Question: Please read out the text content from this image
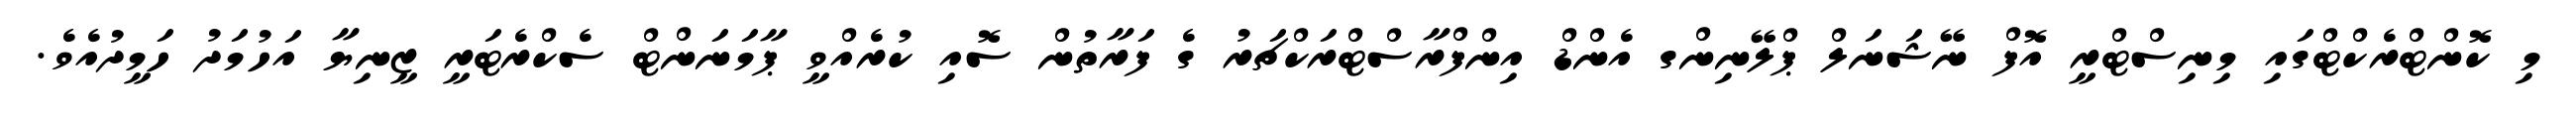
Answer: މި ކޮންޓްރެކްޓްގައި މިނިސްޓްރީ އޮފް ނޭޝަނަލް ޕްލޭނިންގ އެންޑް އިންފްރާސްޓްރަކްޗަރު ގެ ފަރާތުން ސޮއި ކުރެއްވީ ޕާމަނަންޓް ސެކްރެޓަރީ ޒީނިޔާ އަހުމަދު ހަމީދުއެވެ.